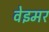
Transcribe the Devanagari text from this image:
वेइमर